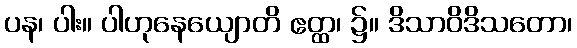
ပန၊ ပါး။ ပါဟုနေယျောတိ ဧတ္ထ၊ ၌။ ဒိသာဝိဒိသတော၊